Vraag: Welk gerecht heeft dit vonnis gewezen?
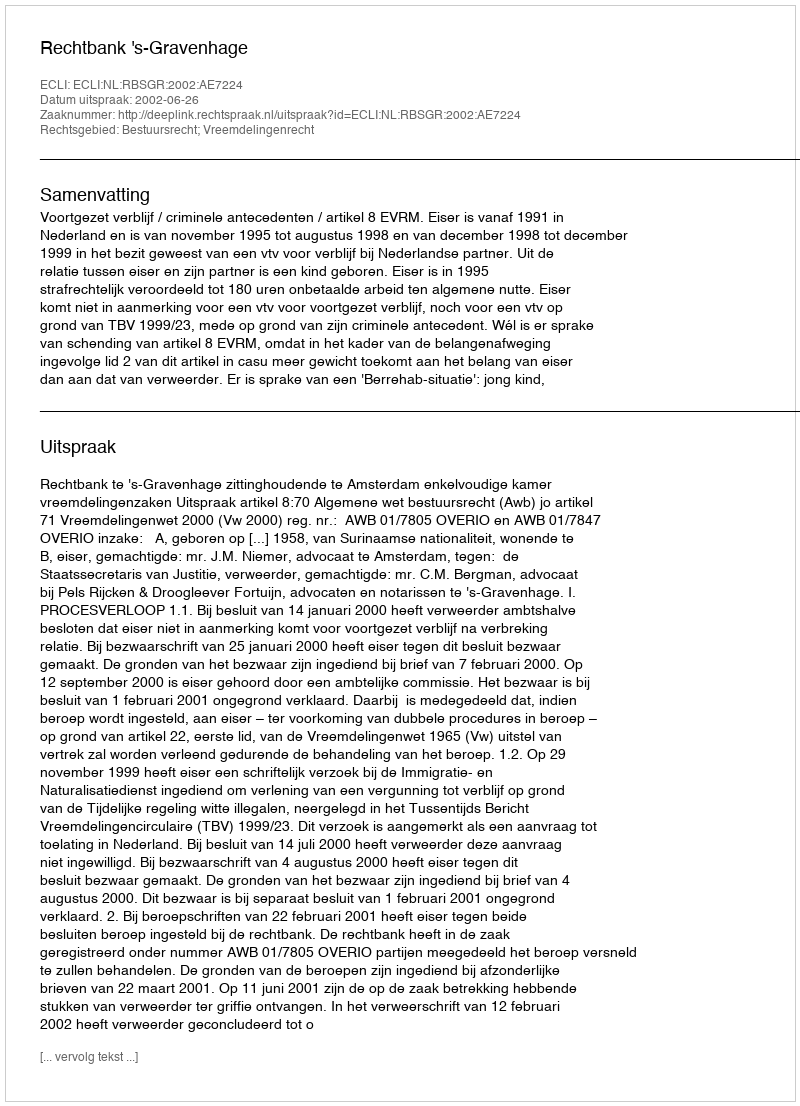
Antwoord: Rechtbank 's-Gravenhage